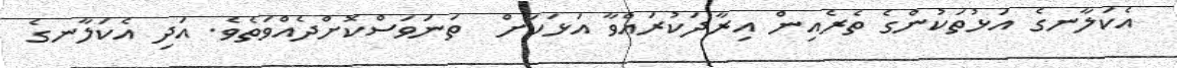
އެކަލާނގެ އަޅުތަކުންގެ ތެރެއިން އިރާދަކުރައްވާ އަޅަކަށް  ތަނަވަސްކޮށްދެއްވަތެވެ. އަދި އެކަލާނގެ